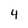
Character: 4